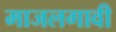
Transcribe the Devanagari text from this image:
माजलगावी